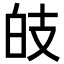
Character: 𤽑